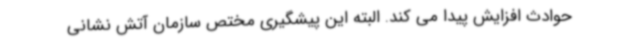
حوادث افزایش پیدا می کند. البته این پیشگیری مختص سازمان آتش نشانی